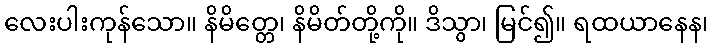
လေးပါးကုန်သော။ နိမိတ္တေ၊ နိမိတ်တို့ကို။ ဒိသွာ၊ မြင်၍။ ရထယာနေန၊